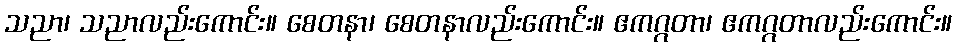
သညာ၊ သညာလည်းကောင်း။ စေတနာ၊ စေတနာလည်းကောင်း။ ဧကဂ္ဂတာ၊ ဧကဂ္ဂတာလည်းကောင်း။